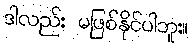
ဒါလည်း မဖြစ်နိုင်ပါဘူး။